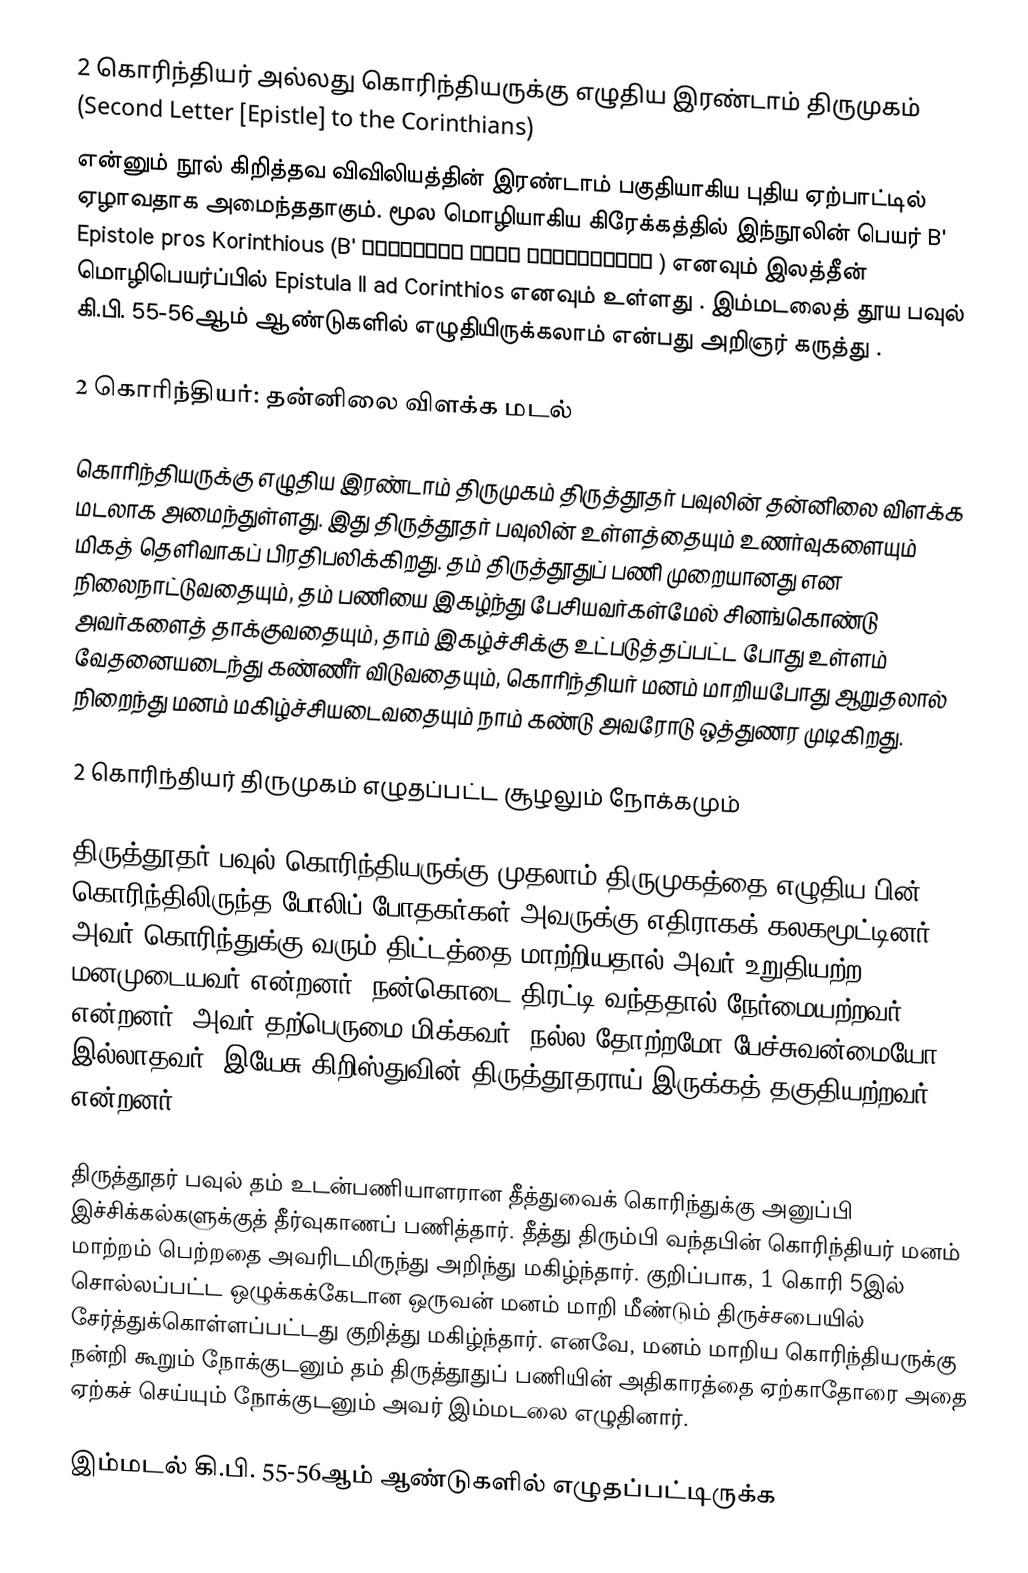
2 கொரிந்தியர் அல்லது கொரிந்தியருக்கு எழுதிய இரண்டாம் திருமுகம் (Second Letter [Epistle] to the Corinthians)
என்னும் நூல் கிறித்தவ விவிலியத்தின் இரண்டாம் பகுதியாகிய புதிய ஏற்பாட்டில் ஏழாவதாக அமைந்ததாகும். மூல மொழியாகிய கிரேக்கத்தில் இந்நூலின் பெயர் B' Epistole pros Korinthious (B' Επιστολή προς Κορινθίους ) எனவும் இலத்தீன் மொழிபெயர்ப்பில் Epistula II ad Corinthios  எனவும் உள்ளது .  இம்மடலைத் தூய பவுல்  கி.பி. 55-56ஆம் ஆண்டுகளில் எழுதியிருக்கலாம் என்பது அறிஞர் கருத்து  .

2 கொரிந்தியர்: தன்னிலை விளக்க மடல்

கொரிந்தியருக்கு எழுதிய இரண்டாம் திருமுகம் திருத்தூதர் பவுலின் தன்னிலை விளக்க மடலாக அமைந்துள்ளது. இது திருத்தூதர் பவுலின் உள்ளத்தையும் உணர்வுகளையும் மிகத் தெளிவாகப் பிரதிபலிக்கிறது. தம் திருத்தூதுப் பணி முறையானது என நிலைநாட்டுவதையும், தம் பணியை இகழ்ந்து பேசியவர்கள்மேல் சினங்கொண்டு அவர்களைத் தாக்குவதையும், தாம் இகழ்ச்சிக்கு உட்படுத்தப்பட்ட போது உள்ளம் வேதனையடைந்து கண்ணீர் விடுவதையும், கொரிந்தியர் மனம் மாறியபோது ஆறுதலால் நிறைந்து மனம் மகிழ்ச்சியடைவதையும் நாம் கண்டு அவரோடு ஒத்துணர முடிகிறது.

2 கொரிந்தியர் திருமுகம் எழுதப்பட்ட சூழலும் நோக்கமும்

திருத்தூதர் பவுல் கொரிந்தியருக்கு முதலாம் திருமுகத்தை  எழுதிய பின் கொரிந்திலிருந்த போலிப் போதகர்கள் அவருக்கு எதிராகக் கலகமூட்டினர். அவர் கொரிந்துக்கு வரும் திட்டத்தை மாற்றியதால் அவர் உறுதியற்ற மனமுடையவர் என்றனர். நன்கொடை திரட்டி வந்ததால் நேர்மையற்றவர் என்றனர். அவர் தற்பெருமை மிக்கவர், நல்ல தோற்றமோ பேச்சுவன்மையோ இல்லாதவர், இயேசு கிறிஸ்துவின்  திருத்தூதராய் இருக்கத் தகுதியற்றவர் என்றனர்.

திருத்தூதர் பவுல் தம் உடன்பணியாளரான தீத்துவைக் கொரிந்துக்கு அனுப்பி இச்சிக்கல்களுக்குத் தீர்வுகாணப் பணித்தார். தீத்து திரும்பி வந்தபின் கொரிந்தியர் மனம் மாற்றம் பெற்றதை அவரிடமிருந்து அறிந்து மகிழ்ந்தார். குறிப்பாக, 1 கொரி 5இல் சொல்லப்பட்ட ஒழுக்கக்கேடான ஒருவன் மனம் மாறி மீண்டும் திருச்சபையில் சேர்த்துக்கொள்ளப்பட்டது குறித்து மகிழ்ந்தார். எனவே, மனம் மாறிய கொரிந்தியருக்கு நன்றி கூறும் நோக்குடனும் தம் திருத்தூதுப் பணியின் அதிகாரத்தை ஏற்காதோரை அதை ஏற்கச் செய்யும் நோக்குடனும் அவர் இம்மடலை எழுதினார்.

இம்மடல் கி.பி. 55-56ஆம் ஆண்டுகளில் எழுதப்பட்டிருக்க